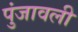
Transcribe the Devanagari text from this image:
पुंजावली